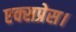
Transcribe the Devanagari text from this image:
एक्‍सप्रेस।